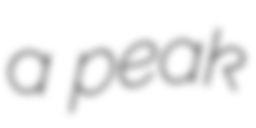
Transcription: a peak